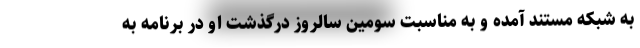
به شبکه مستند آمده و به مناسبت سومین سالروز درگذشت او در برنامه به